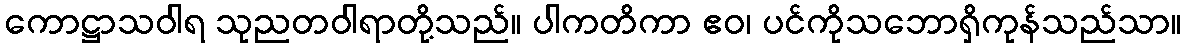
ကောဋ္ဌာသဝါရ သုညတဝါရာတို့သည်။ ပါကတိကာ ဧဝ၊ ပင်ကိုသဘောရှိကုန်သည်သာ။